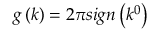
g \left( k \right) = 2 \pi s i g n \left( k ^ { 0 } \right)